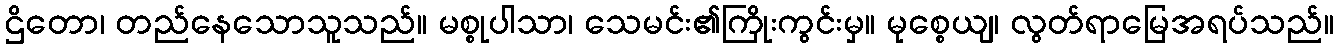
ဌိတော၊ တည်နေသောသူသည်။ မစ္စုပါသာ၊ သေမင်း၏ကြိုးကွင်းမှ။ မုစ္စေယျ၊ လွတ်ရာမြေအရပ်သည်။